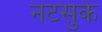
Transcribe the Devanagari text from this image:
नटसुके